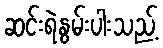
ဆင်းရဲနွမ်းပါးသည့်